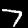
Label: 7